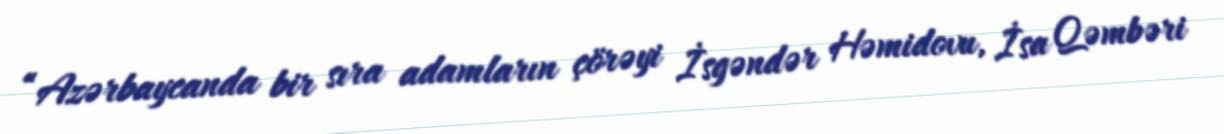
“Azərbaycanda bir sıra adamların çörəyi İsgəndər Həmidovu, İsa Qəmbəri